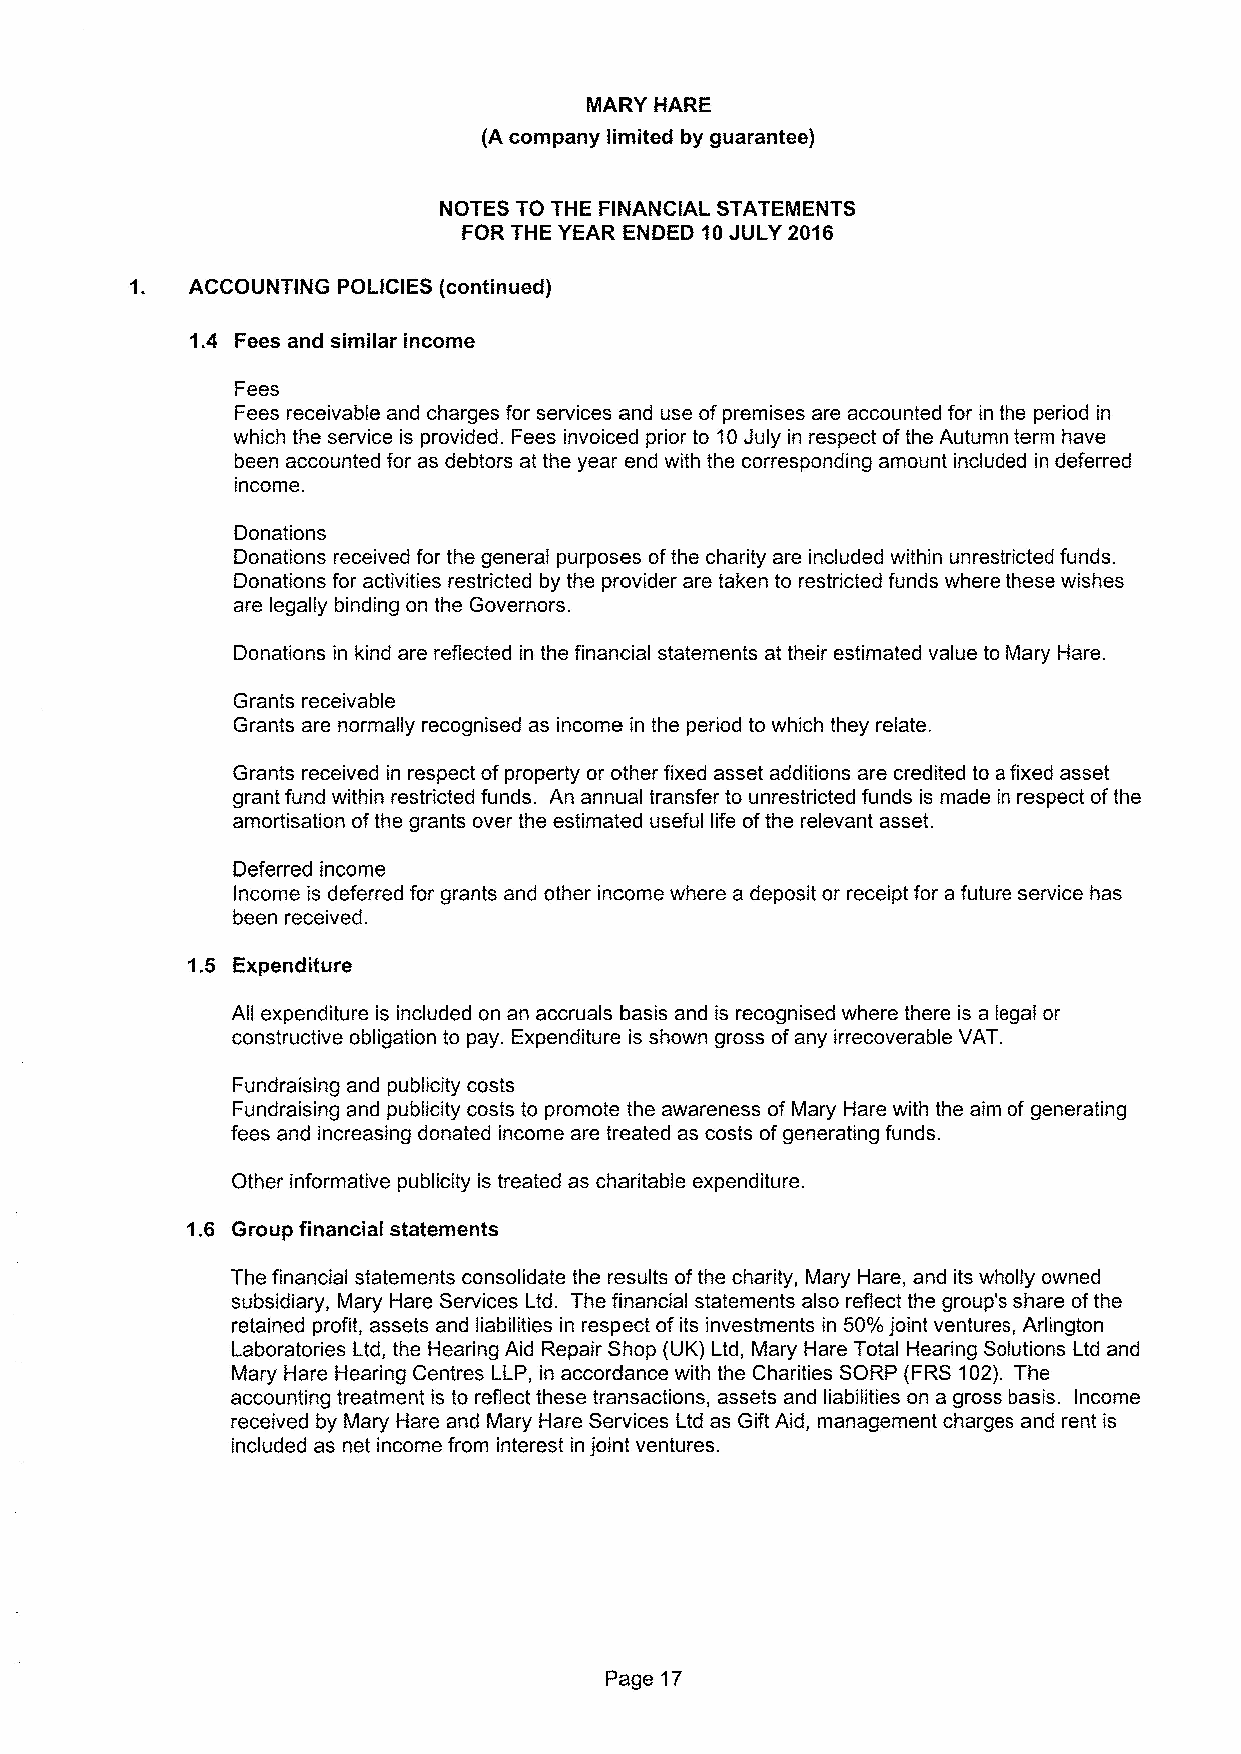
MARY HARE
 (A company limited by guarantee)
 NOTES TO THE FINANCIAL STATEMENTS
 FOR THE YEAR ENDED 10JULY 2016
 1. ACCOUNTING POLICIES (continued)
 1.4 Fees and similar income
 Fees
 Fees receivable and charges for services and use ofpremises are accounted for in the period in
 which the service is provided. Fees invoiced prior to 10July in respect ofthe Autumn term have
 been accounted for as debtors at the year end with the corresponding amount included in deferred
 income.
 Donations
 Donations received for the general purposes ofthe charity are included within unrestricted funds.
 Donations for activities restricted by the provider are taken to restricted funds where these wishes
 are legally binding on the Governors.
 Donations in kind are reflected in the financial statements at their estimated value to Mary Hare.
 Grants receivable
 Grants are normally recognised as income in the period to which they relate.
 Grants received in respect of property or other fixed asset additions are credited to afixed asset
 grant fund within restricted funds. An annual transfer to unrestricted funds is made in respect ofthe
 amortisation ofthe grants over the estimated useful life ofthe relevant asset.
 Deferred income
 Income is deferred for grants and other income where a deposit or receipt for a future service has
 been received.
 1.5 Expenditure
 All expenditure is included on an accruals basis and is recognised where there is a legal or
 constructive obligation to pay. Expenditure is shown gross ofany irrecoverable VAT.
 Fundraising and publicity costs
 Fundraising and publicity costs to promote the awareness of Mary Hare with the aim of generating
 fees and increasing donated income are treated as costs ofgenerating funds.
 Other informative publicity is treated as charitable expenditure.
 1.6 Group financial statements
 The financial statements consolidate the results ofthe charity, Mary Hare, and its wholly owned
 subsidiary, Mary Hare Services Ltd. The financial statements also reflect the group's share ofthe
 retained profit, assets and liabilities in respect ofits investments in 50'/o joint ventures, Arlington
 Laboratories Ltd, the Hearing Aid Repair Shop (UK) Ltd, Mary Hare Total Hearing Solutions Ltd and
 Mary Hare Hearing Centres LLP, in accordance with the Charities SORP (FRS 102). The
 accounting treatment is to reflect these transactions, assets and liabilities on a gross basis. Income
 received by Mary Hare and Mary Hare Services Ltd as Gift Aid, management charges and rent is
 included as net income from interest in joint ventures.
 Page 17